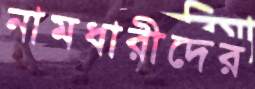
নামধারীদের